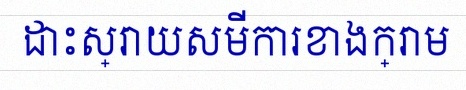
ដោះស្រាយសមីការខាងក្រោម